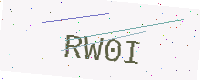
Text: RW0I